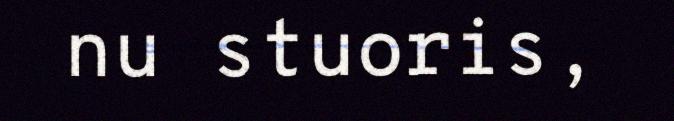
nu stuoris,